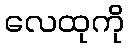
လေထုကို